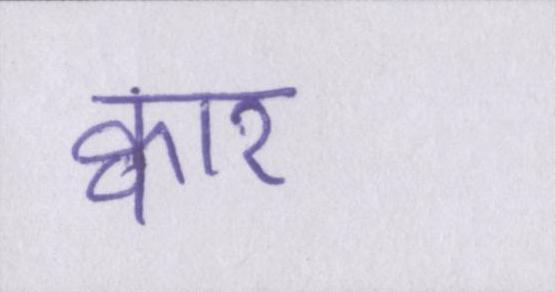
क्वार